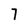
Character: 7